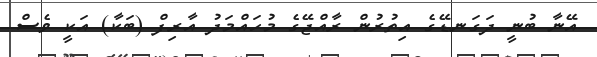
އޭނާ ބުނީ ދަގަނޑޭގެ އިތުރުން ރާއްޖޭގެ މުހައްމަދު އާރިފް (ބަކާ) އަކީ ވެސް